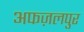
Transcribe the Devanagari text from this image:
अफज़लपुर